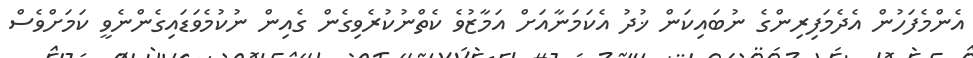
އެންމެފަހުން އެދެމަފިރިންގެ ނުބައިކަން ޚުދު އެކަމަނާއަށް އަމާޒުވެ ކެތްނުކުރެވިގެން ގެއިން ނުކުމެވަޑައިގެންނެވީ ކަމަށްވެސް